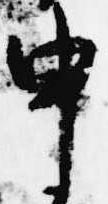
申